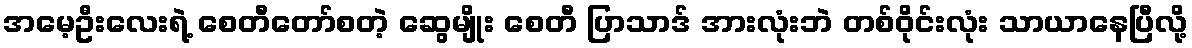
အမေ့ဦးလေးရဲ့ စေတီတော်စတဲ့ ဆွေမျိုး စေတီ ပြာသာဒ် အားလုံးဘဲ တစ်ဝိုင်းလုံး သာယာနေပြီလို့